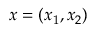
x = ( x _ { 1 } , x _ { 2 } )